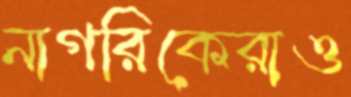
নাগরিকেরাও